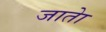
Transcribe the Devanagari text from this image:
जातेा